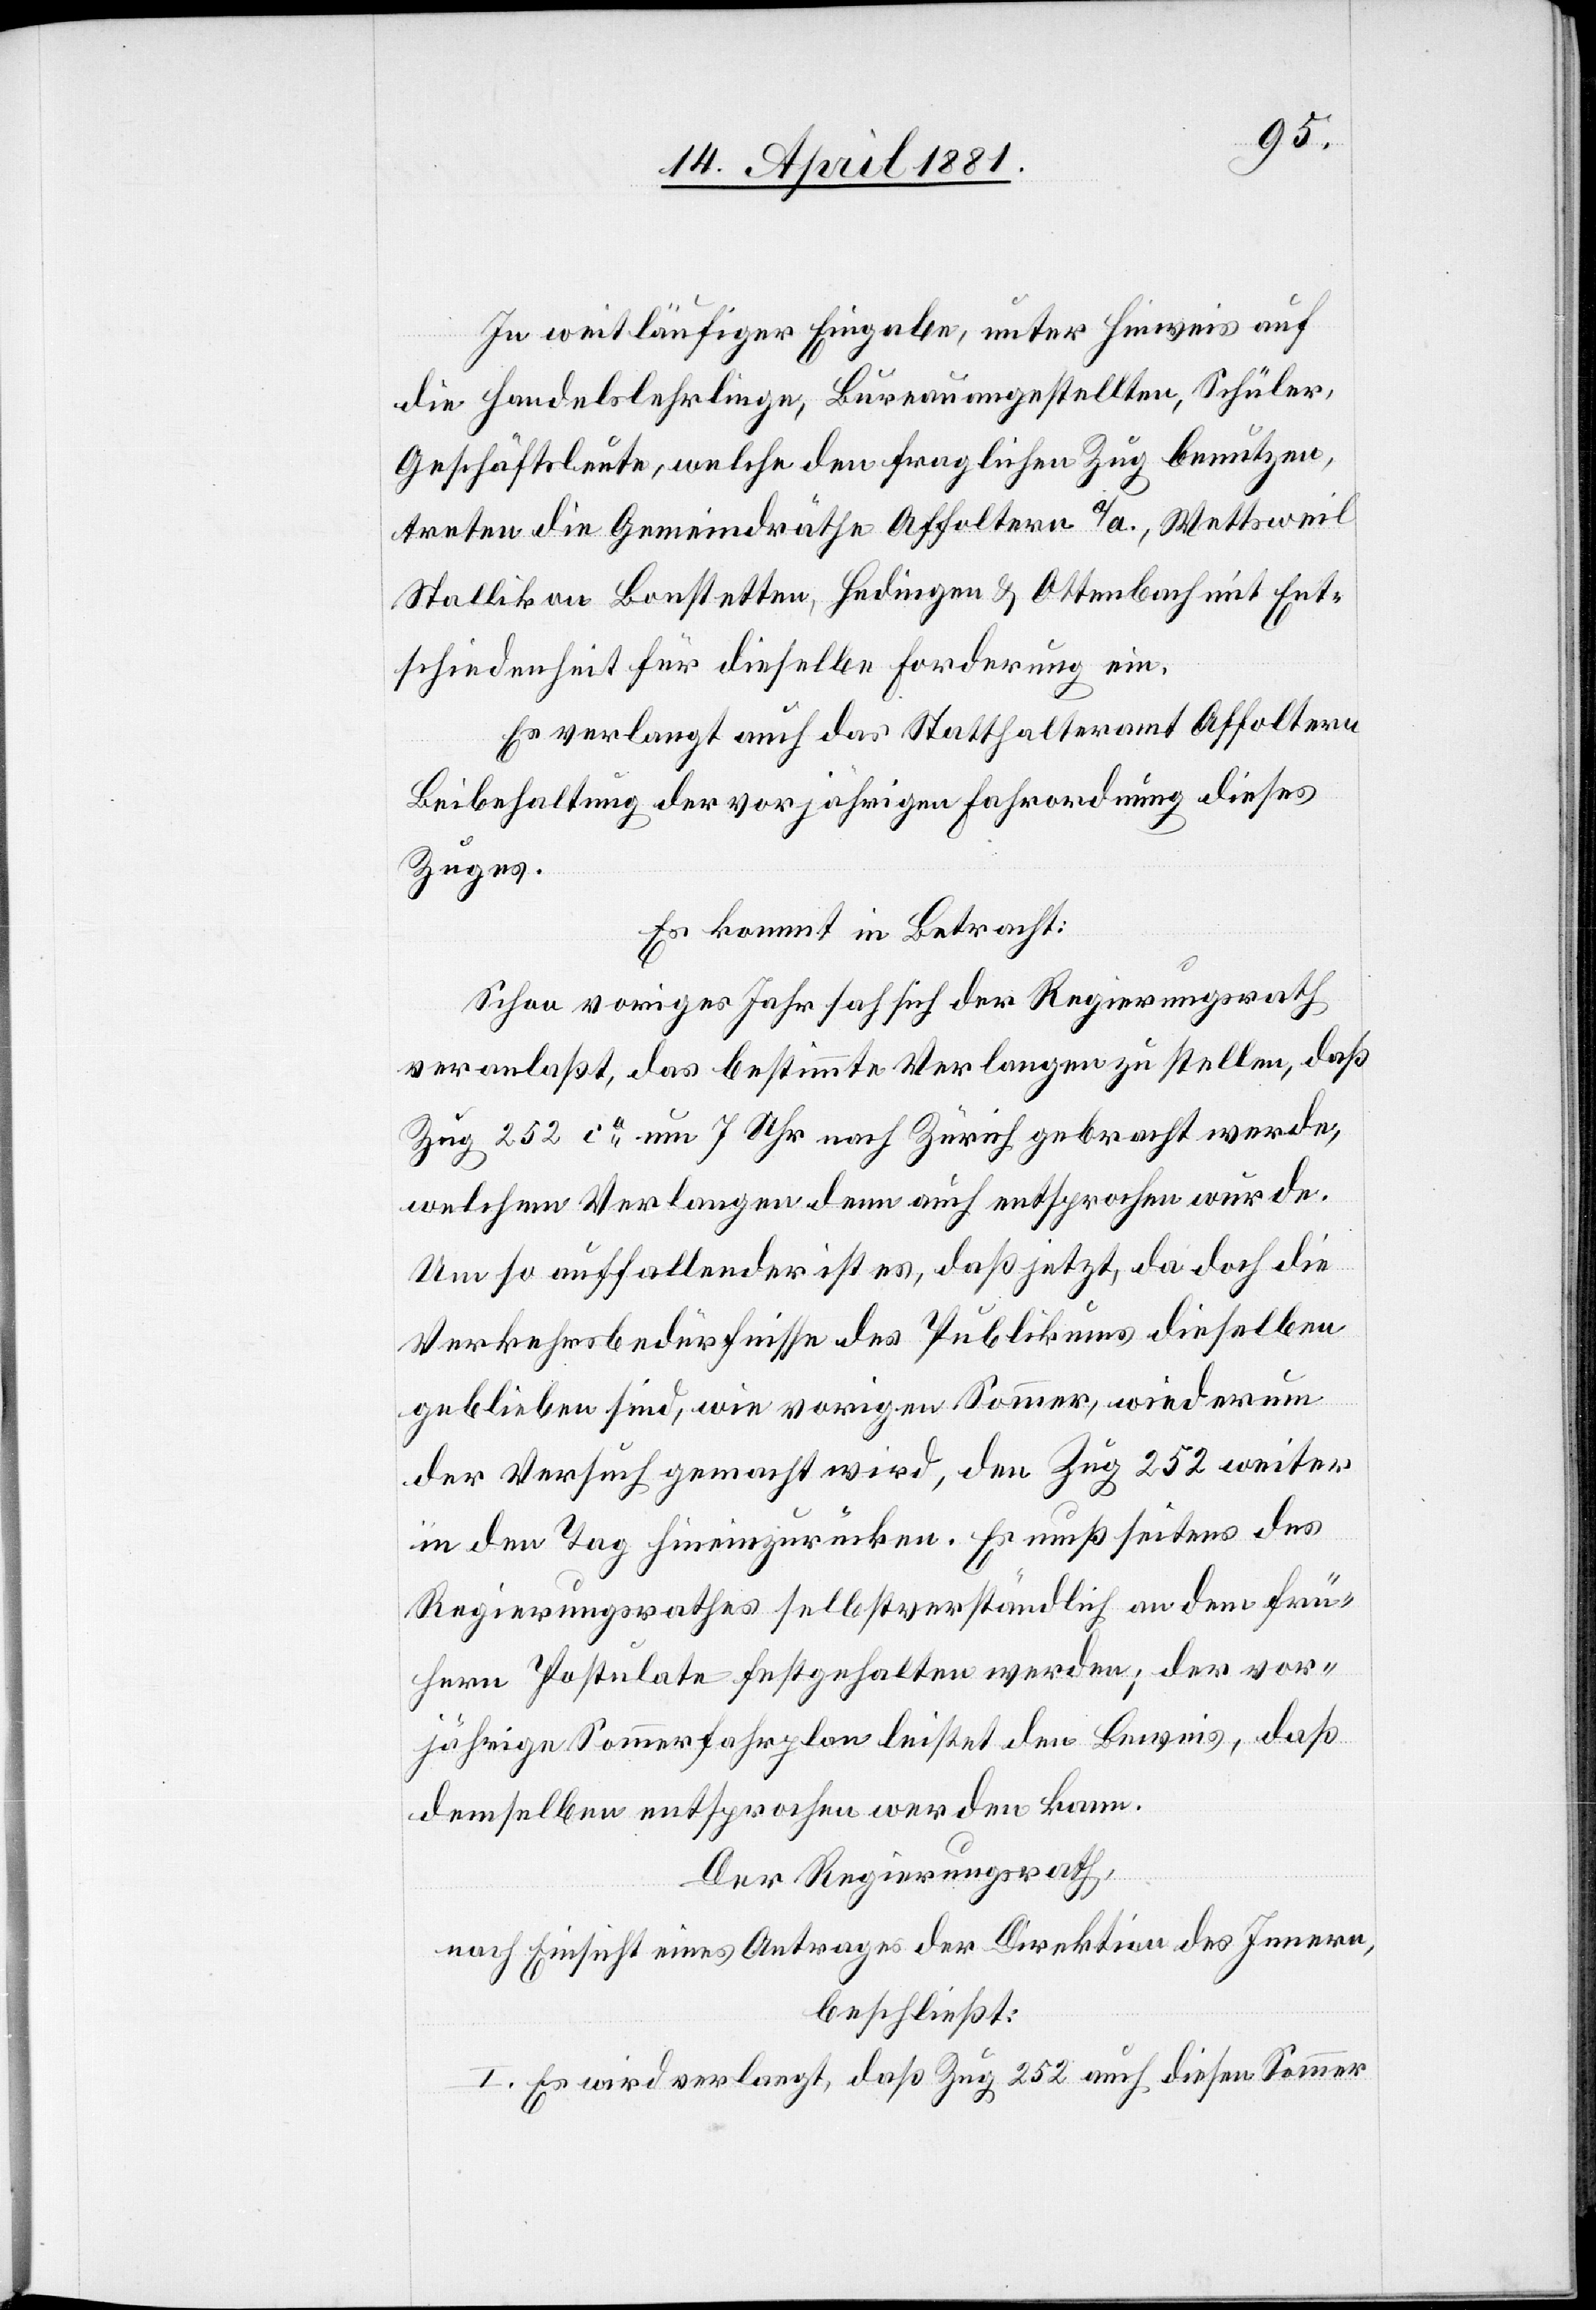
In weitläufiger Eingabe, unter Hinweis auf
die Handelslehrlinge, Bureauangestellten, Schüler,
Geschäftsleute, welche den fraglichen Zug benutzen,
treten die Gemeindräthe Affoltern a/A., Wettsweil
Stallikon Bonstetten, Hedingen & Ottenbach mit Ent¬
schiedenheit für dieselbe Forderung ein.
Es verlangt auch das Statthalteramt Affoltern
Beibehaltung der vorjährigen Fahrordnung dieses
Zuges.
Es kommt in Betracht:
Schon voriges Jahr sah sich der Regierungsrath
veranlaßt, das bestimmte Verlangen zu stellen, daß
Zug 252 ca um 7 Uhr nach Zürich gebracht werde,
welchem Vorverlegungen denn auch entsprochen wurde.
Um so auffallender ist es, daß jetzt, da doch die
Verkehrsbedürfnisse des Publikums dieselben
geblieben sind, wie vorigen Sommer, wiederum
der Versuch gemacht wird, den Zug 252 weiter
in den Tag hineinzurücken. Es muss seitens des
Regierungsrathes selbstverständlich an dem frü¬
hern Postulate festgehalten werden; der vor¬
jährige Sommerfahrplan leistet den Beweis, daß
demselben entsprochen werden kann.
Der Regierungsrath,
nach Einsicht eines Antrages der Direktion des Innern,
beschließt:
I. Es wird verlangt, daß Zug 252 auch diesen Sommer